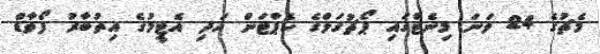
މެޗުގެ 24 ވަނަ މިނެޓްގައި ޕޯޗުގަލްގެ ކެޕްޓަން އަދި އެޓީމުގެ އިތުބާރު ފޯވާޑް